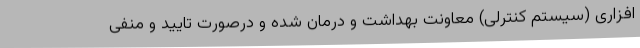
افزاری (سیستم کنترلی) معاونت بهداشت و درمان شده و درصورت تایید و منفی